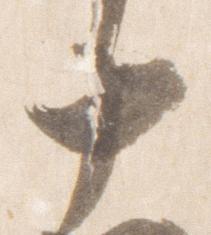
十